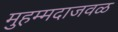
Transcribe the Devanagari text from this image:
मुहम्मदाजवळ